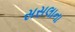
સસલાના